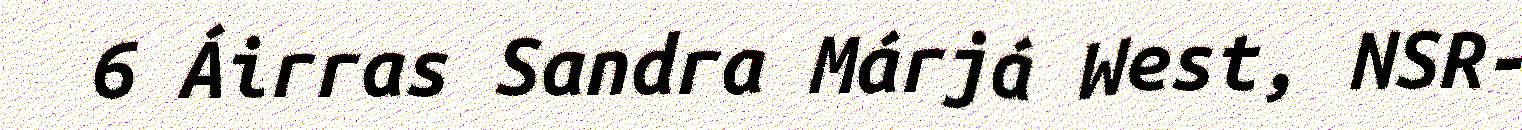
6 Áirras Sandra Márjá West, NSR-